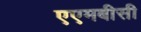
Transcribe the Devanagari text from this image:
एएमबीसी